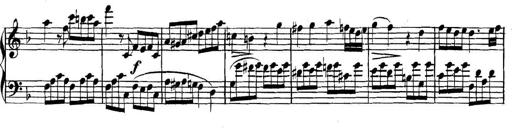
Title: Collected Piano Sonatas
Composer: Muzio Clementi